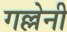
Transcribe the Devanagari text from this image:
गल्लेनी